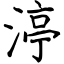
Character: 渟